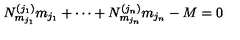
N _ { m _ { j _ { 1 } } } ^ { ( j _ { 1 } ) } m _ { j _ { 1 } } + \cdots + N _ { m _ { j _ { n } } } ^ { ( j _ { n } ) } m _ { j _ { n } } - M = 0